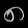
Digit: ၈